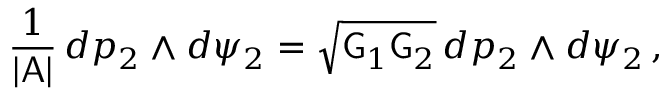
\frac { 1 } { | \mathsf { A } | } \, d p _ { 2 } \wedge d \psi _ { 2 } = \sqrt { \mathsf { G } _ { 1 } \mathsf { G } _ { 2 } } \, d p _ { 2 } \wedge d \psi _ { 2 } \, ,